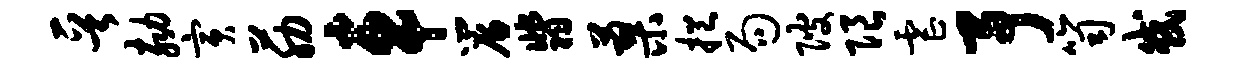
晋劾寅筋车帘翡蓼挹局陂限虐予笥或